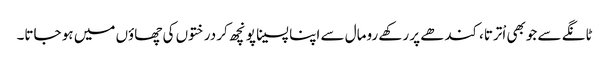
ٹانگے سے جوبھی اْترتا،کندھے پر رکھے رومال سے اپنا پسینا پونچھ کر درختوں کی چھاؤں میں ہو جاتا۔